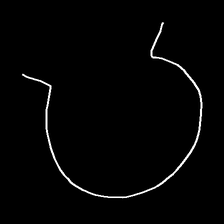
Glyph: weave